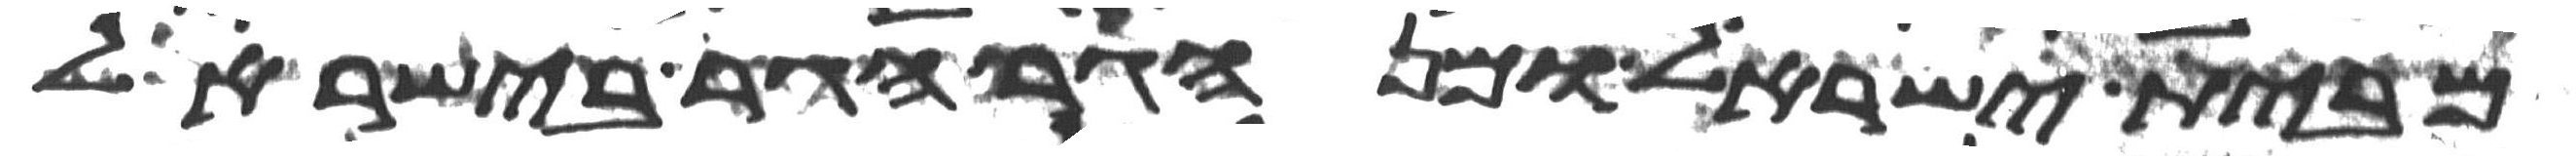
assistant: מבית ישראל ומן הגר הגר בישראל